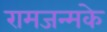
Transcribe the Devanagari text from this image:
रामजन्मके